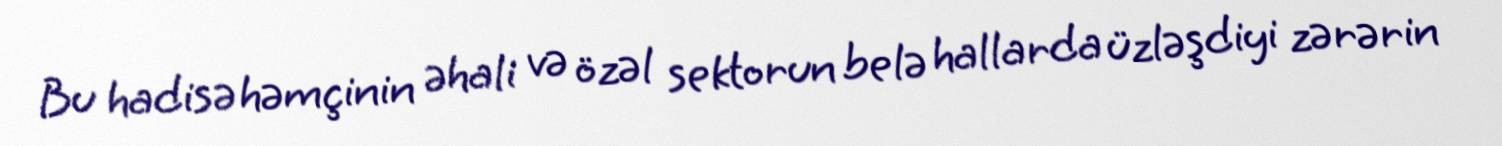
Bu hadisə həmçinin əhali və özəl sektorun belə hallarda üzləşdiyi zərərin